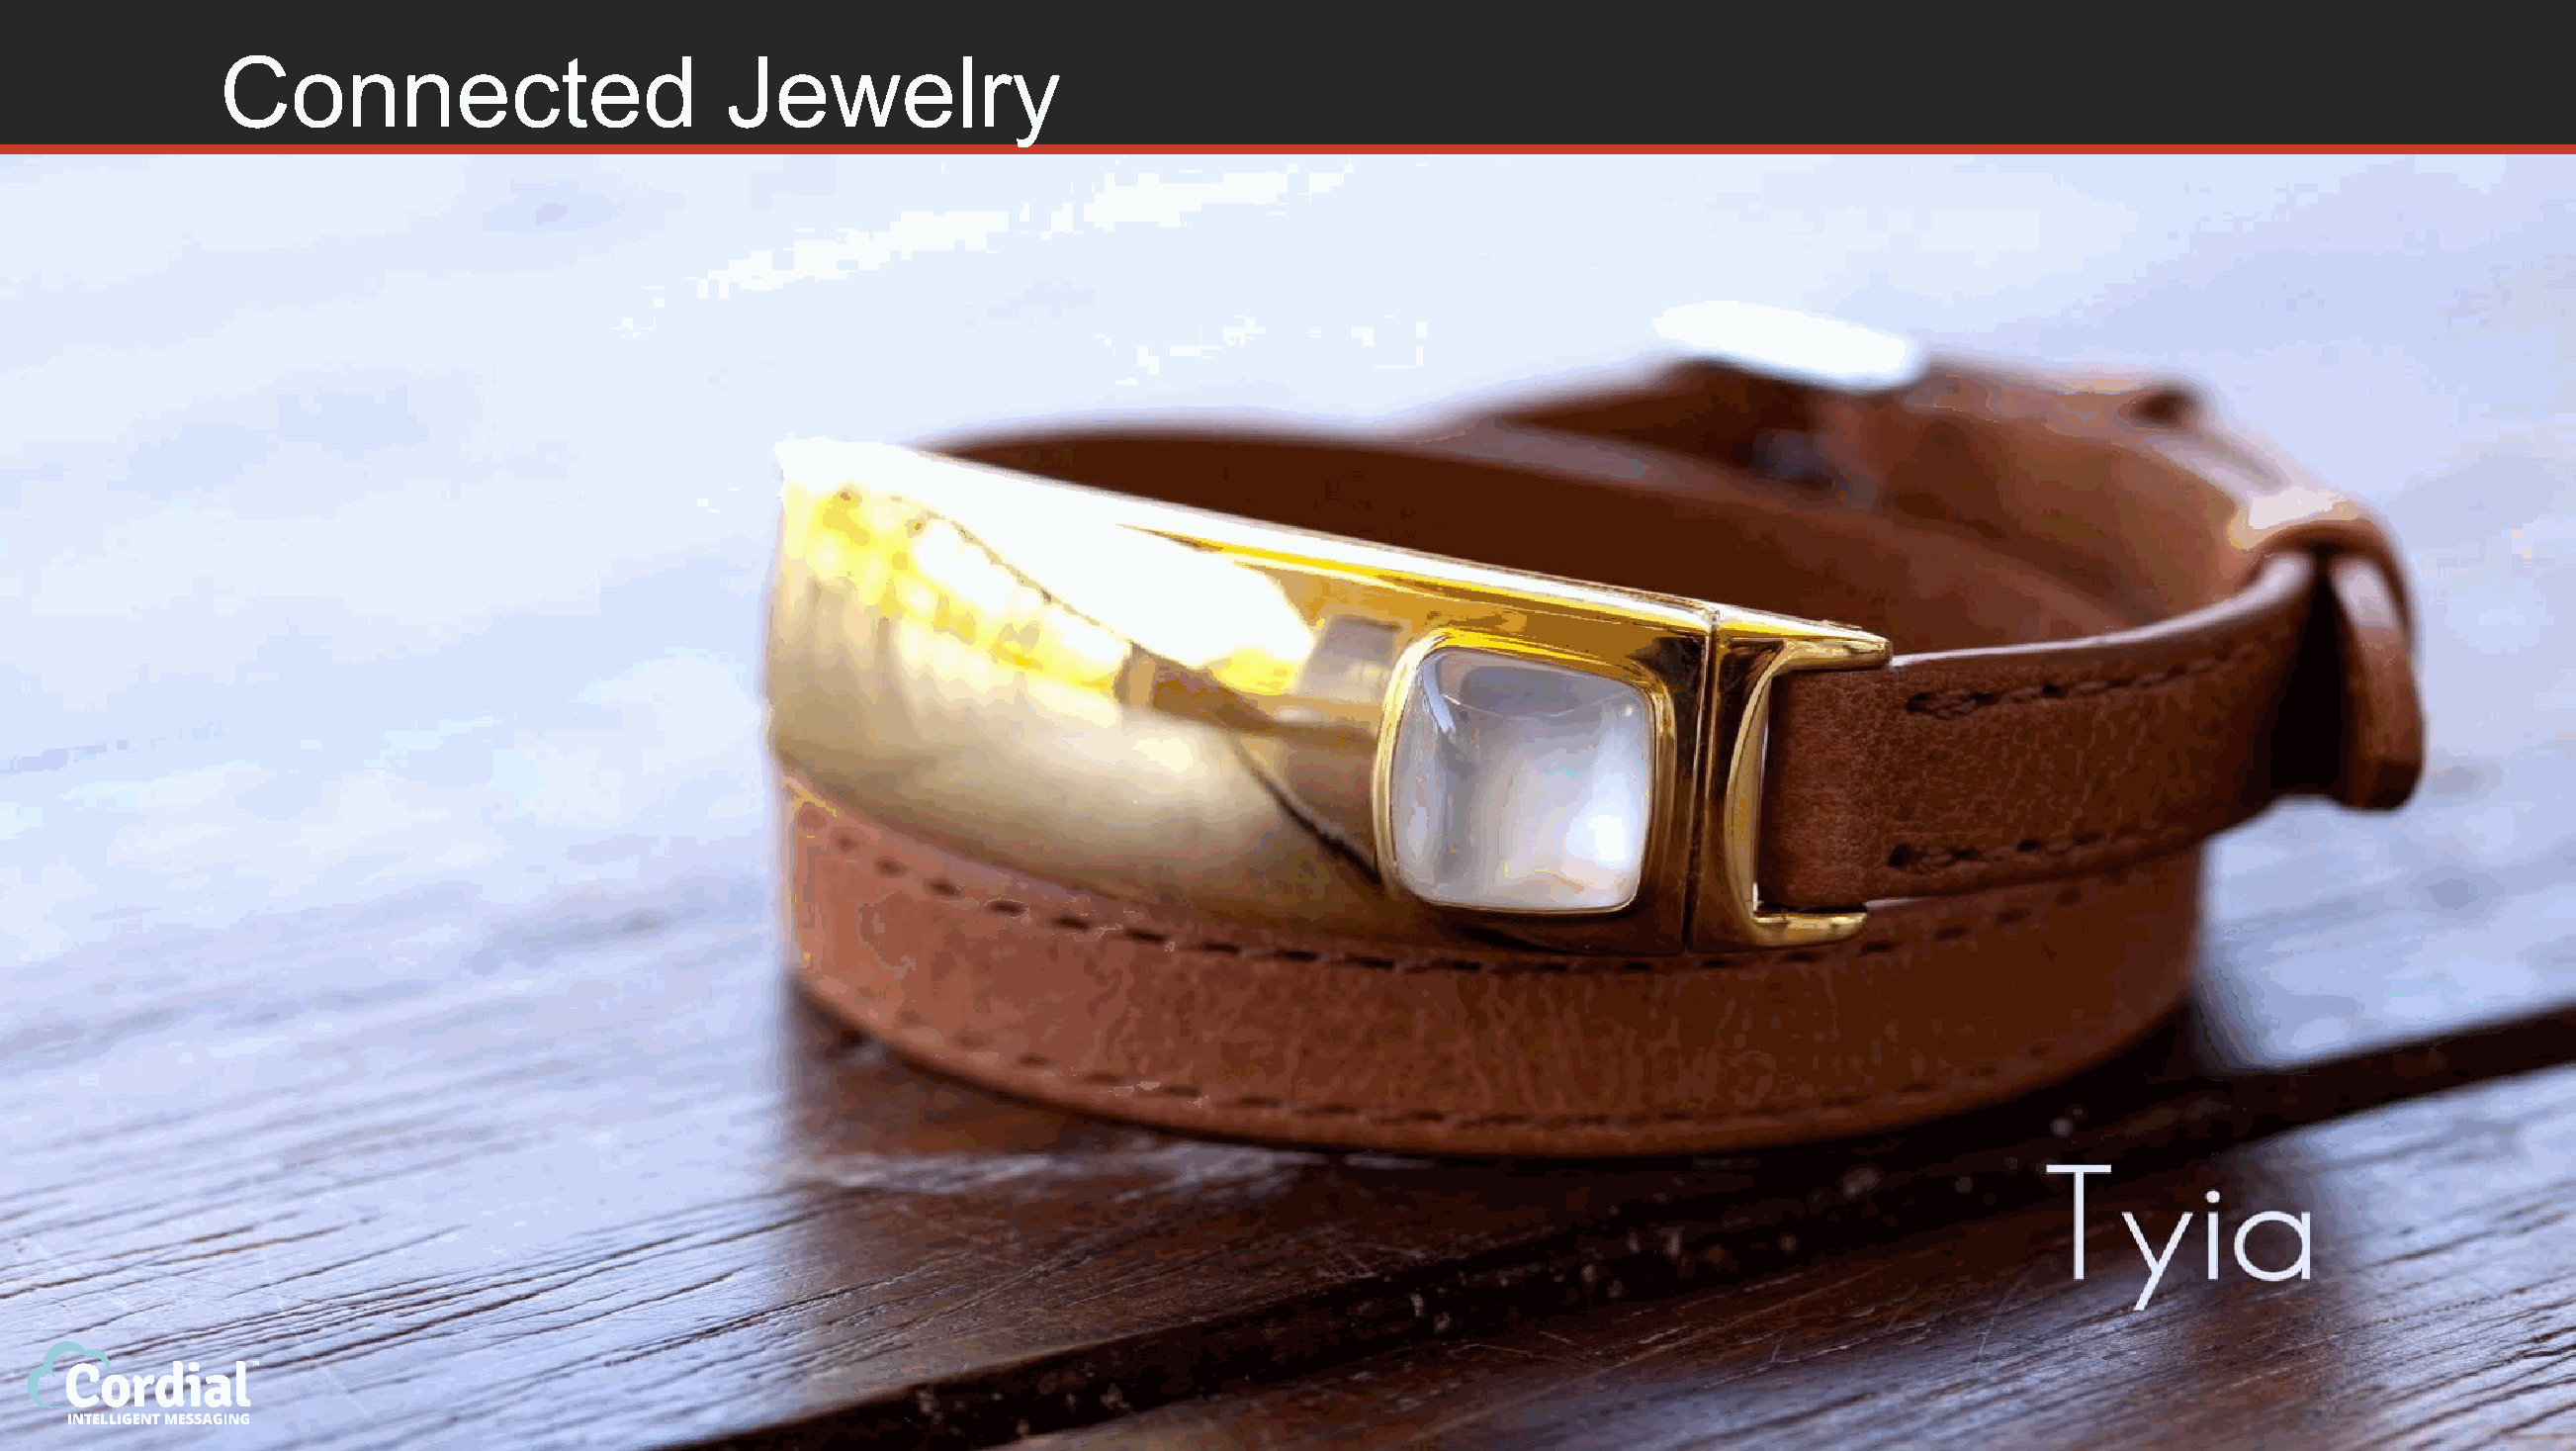
Connected                         Jewelry